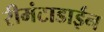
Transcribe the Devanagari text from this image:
रीमंटाडाईन